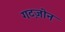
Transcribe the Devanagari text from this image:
गटज़ोन